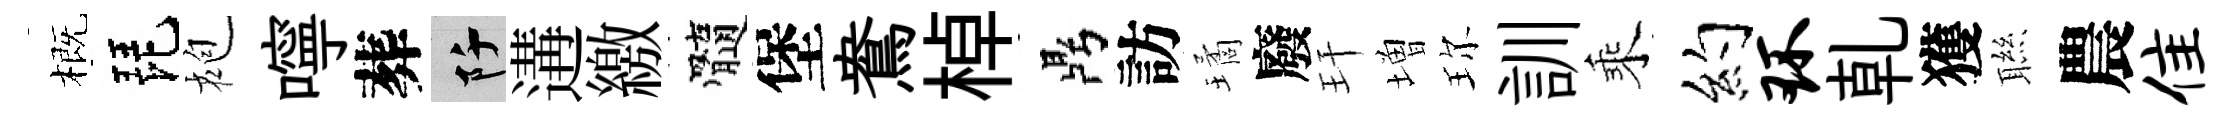
概琵袍嚀葬阡遘繳髓堡鴦棹鼎訪璚廢玕増珎訓乘約环乹獲聮農隹